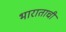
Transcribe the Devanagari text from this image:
भाराताची